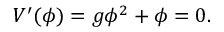
V ^ { \prime } ( \phi ) = g \phi ^ { 2 } + \phi = 0 .